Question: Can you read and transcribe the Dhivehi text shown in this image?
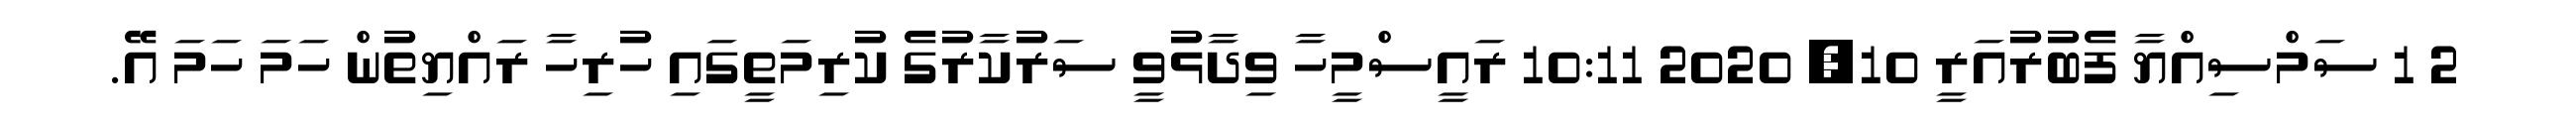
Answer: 2 1 ސަމްސިއްޔާ ފެބުރުއަރީ 10, 2020 10:11 ރައީސްމީހާ ވިދާޅުވީ ސަރުކާރުގެ ކުރިމަތީގައި ހުރިހާ ރައްޔިތުން ހަމަ ހަމަ އޭ.